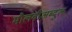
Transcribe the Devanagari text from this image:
मौलवीअब्दुल